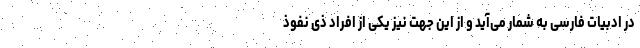
در ادبیات فارسی به شمار می‌آید و از این جهت نیز یکی از افراد ذی نفوذ